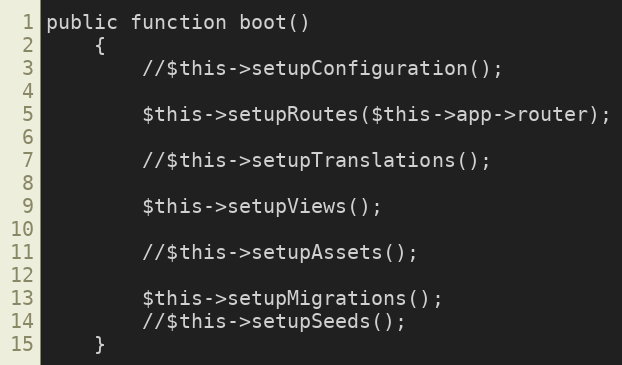
Language: PHP
public function boot()
    {
        //$this->setupConfiguration();

        $this->setupRoutes($this->app->router);

        //$this->setupTranslations();

        $this->setupViews();

        //$this->setupAssets();

        $this->setupMigrations();
        //$this->setupSeeds();
    }